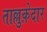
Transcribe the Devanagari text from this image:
ताल्लुक़ेदार